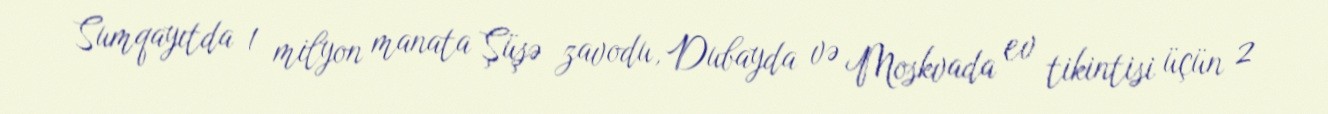
Sumqayıtda 1 milyon manata Şüşə zavodu, Dubayda və Moskvada ev tikintisi üçün 2